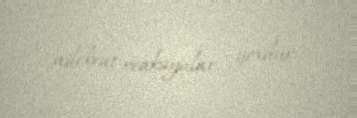
adekvat reaksiyalar yoxdur.